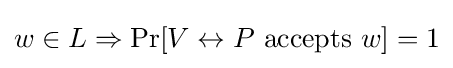
w\in L\Rightarrow \Pr[V\leftrightarrow P{\text{ accepts }}w]=1